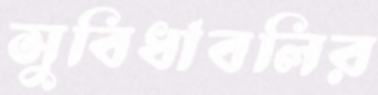
সুবিধাবলির